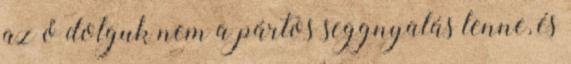
az ő dolguk nem a pártos seggnyalás lenne, és